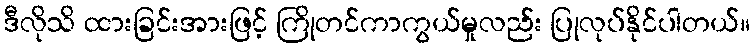
ဒီလိုသိ ထားခြင်းအားဖြင့် ကြိုတင်ကာကွယ်မှုလည်း ပြုလုပ်နိုင်ပါတယ်။